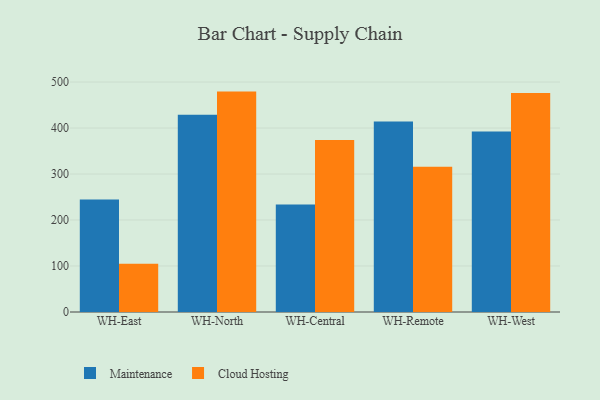
{"axis": {"x": "Warehouse", "y": "Temperature (°C)"}, "legend": ["Cloud Hosting", "Maintenance"], "data": [{"x": "WH-East", "y": 244.8, "type": "Maintenance"}, {"x": "WH-East", "y": 104.8, "type": "Cloud Hosting"}, {"x": "WH-North", "y": 428.8, "type": "Maintenance"}, {"x": "WH-North", "y": 479.2, "type": "Cloud Hosting"}, {"x": "WH-Central", "y": 233.9, "type": "Maintenance"}, {"x": "WH-Central", "y": 373.8, "type": "Cloud Hosting"}, {"x": "WH-Remote", "y": 414.4, "type": "Maintenance"}, {"x": "WH-Remote", "y": 315.8, "type": "Cloud Hosting"}, {"x": "WH-West", "y": 392.3, "type": "Maintenance"}, {"x": "WH-West", "y": 476.3, "type": "Cloud Hosting"}]}